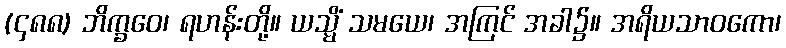
(၄၈၈) ဘိက္ခဝေ၊ ရဟန်းတို့။ ယသ္မိံ သမယေ၊ အကြင် အခါ၌။ အရိယသာဝကော၊